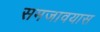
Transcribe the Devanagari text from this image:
समजावयास